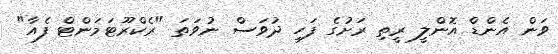
ވަން އެންޑް އޮންލީ ރީތި ރަށުގެ ފަހި ދުވަސް ނުވަތަ "ރެކްރޫޓަމަންޓް ފެއާ"